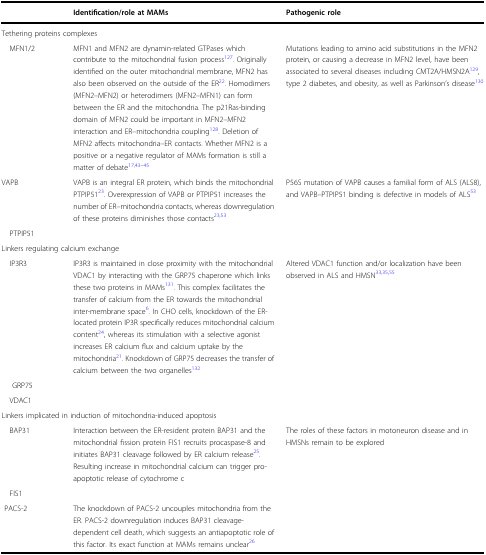
<table><thead><tr><td></td><td><b>Identification/role at MAMs</b></td><td><b>Pathogenic role</b></td></tr></thead><tbody><tr><td colspan="3">Tethering proteins complexes</td></tr><tr><td> MFN1/2</td><td>MFN1 and MFN2 are dynamin-related GTPases which contribute to the mitochondrial fusion process<sup>127</sup>. Originally identified on the outer mitochondrial membrane, MFN2 has also been observed on the outside of the ER<sup>22</sup>. Homodimers (MFN2–MFN2) or heterodimers (MFN2–MFN1) can form between the ER and the mitochondria. The p21Ras-binding domain of MFN2 could be important in MFN2–MFN2 interaction and ER–mitochondria coupling<sup>128</sup>. Deletion of MFN2 affects mitochondria–ER contacts. Whether MFN2 is a positive or a negative regulator of MAMs formation is still a matter of debate<sup>17,43–45</sup></td><td>Mutations leading to amino acid substitutions in the MFN2 protein, or causing a decrease in MFN2 level, have been associated to several diseases including CMT2A/HMSN2A<sup>129</sup>, type 2 diabetes, and obesity, as well as Parkinson’s disease<sup>130</sup></td></tr><tr><td>VAPB</td><td>VAPB is an integral ER protein, which binds the mitochondrial PTPIP51<sup>23</sup>. Overexpression of VAPB or PTPIP51 increases the number of ER–mitochondria contacts, whereas downregulation of these proteins diminishes those contacts<sup>23,53</sup></td><td>P56S mutation of VAPB causes a familial form of ALS (ALS8), and VAPB–PTPIP51 binding is defective in models of ALS<sup>53</sup></td></tr><tr><td> PTPIP51</td><td></td><td></td></tr><tr><td colspan="3">Linkers regulating calcium exchange</td></tr><tr><td> IP3R3</td><td>IP3R3 is maintained in close proximity with the mitochondrial VDAC1 by interacting with the GRP75 chaperone which links these two proteins in MAMs<sup>131</sup>. This complex facilitates the transfer of calcium from the ER towards the mitochondrial inter-membrane space<sup>6</sup>. In CHO cells, knockdown of the ER-located protein IP3R specifically reduces mitochondrial calcium content<sup>24</sup>, whereas its stimulation with a selective agonist increases ER calcium flux and calcium uptake by the mitochondria<sup>21</sup>. Knockdown of GRP75 decreases the transfer of calcium between the two organelles<sup>132</sup></td><td>Altered VDAC1 function and/or localization have been observed in ALS and HMSN<sup>33,35,55</sup></td></tr><tr><td>GRP75</td><td></td><td></td></tr><tr><td> VDAC1</td><td></td><td></td></tr><tr><td colspan="3">Linkers implicated in induction of mitochondria-induced apoptosis</td></tr><tr><td> BAP31</td><td>Interaction between the ER-resident protein BAP31 and the mitochondrial fission protein FIS1 recruits procaspase-8 and initiates BAP31 cleavage followed by ER calcium release<sup>25</sup>. Resulting increase in mitochondrial calcium can trigger pro-apoptotic release of cytochrome c</td><td>The roles of these factors in motoneuron disease and in HMSNs remain to be explored</td></tr><tr><td> FIS1</td><td></td><td></td></tr><tr><td> PACS-2</td><td>The knockdown of PACS-2 uncouples mitochondria from the ER. PACS-2 downregulation induces BAP31 cleavage-dependent cell death, which suggests an antiapoptotic role of this factor. Its exact function at MAMs remains unclear<sup>26</sup></td><td></td></tr></tbody></table>